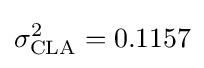
\sigma _{\mathrm {CLA} }^{2}=0.1157